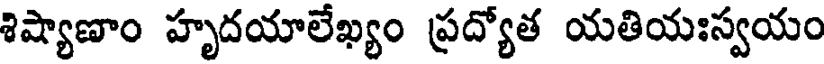
శిష్యాణాం హృదయాలేఖ్యం ప్రద్యోత యతియఃస్వయం